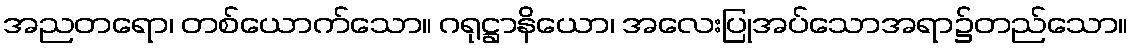
အညတရော၊ တစ်ယောက်သော။ ဂရုဋ္ဌာနိယော၊ အလေးပြုအပ်သောအရာ၌တည်သော။